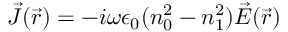
\vec { J } ( \vec { r } ) = - i \omega \epsilon _ { 0 } ( n _ { 0 } ^ { 2 } - n _ { 1 } ^ { 2 } ) \vec { E } ( \vec { r } )